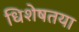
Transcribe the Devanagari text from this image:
धिशेषतया